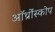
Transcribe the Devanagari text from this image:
ऑर्थ्रोस्कोप